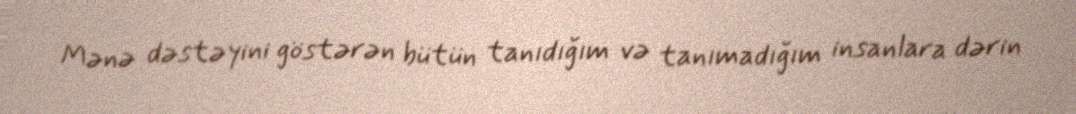
Mənə dəstəyini göstərən bütün tanıdığım və tanımadığım insanlara dərin